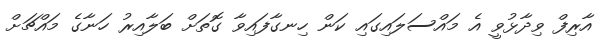
އާރިފް ވިދާޅުވީ އެ މައްސަލައިގައި ކަން ހިނގާފައިވާ ގޮތަށް ބަލާއިރު ހަނާގެ މައްޗަށް